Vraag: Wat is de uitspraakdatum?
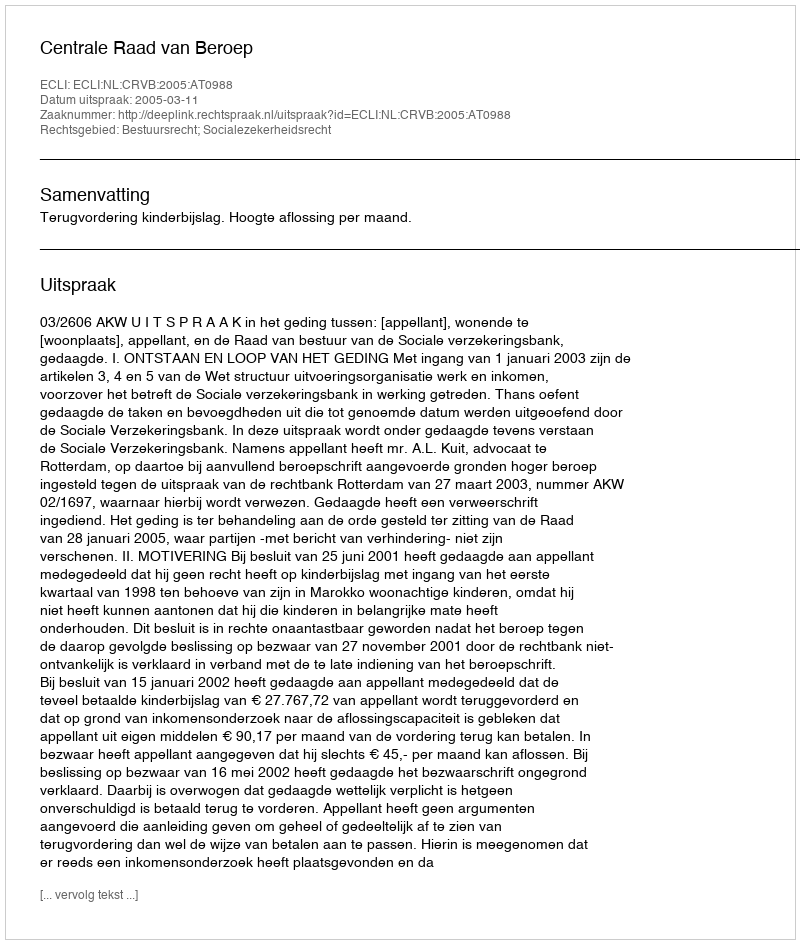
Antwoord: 2005-03-11